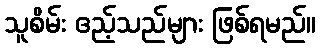
သူစိမ်း ဧည့်သည်များ ဖြစ်ရမည်။